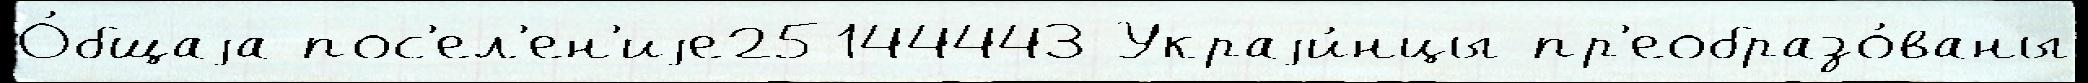
О́бщаjа пос'ел'ен'иjе25144443 Украjи́нцы пр'еобразо́ваны